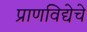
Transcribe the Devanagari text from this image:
प्राणविद्येचे